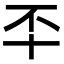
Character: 㔻